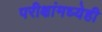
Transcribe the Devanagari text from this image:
परीक्षांमध्येही